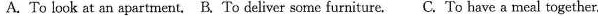
A. To look at an apartment. B.To deliver some furniture. C. To have a meal together.